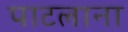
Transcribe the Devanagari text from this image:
पाटलाना